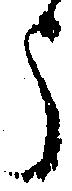
う